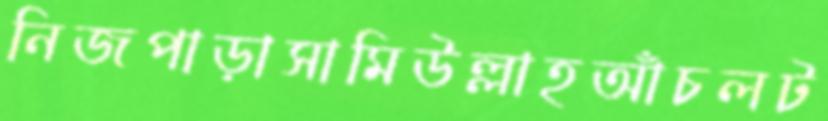
নিজপাড়াসামিউল্লাহআঁচলট